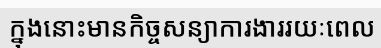
ក្នុងនោះមានកិច្ចសន្យាការងាររយៈពេល